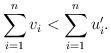
LaTeX: \begin{align*}\sum_{i=1}^n v_i < \sum_{i=1}^n u'_i. \end{align*}